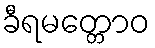
ခီရမတ္တောဝ